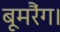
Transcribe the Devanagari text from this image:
बूमरैंग।